Document type: Inventory
Year: 1295
Scribe: Pere Marc
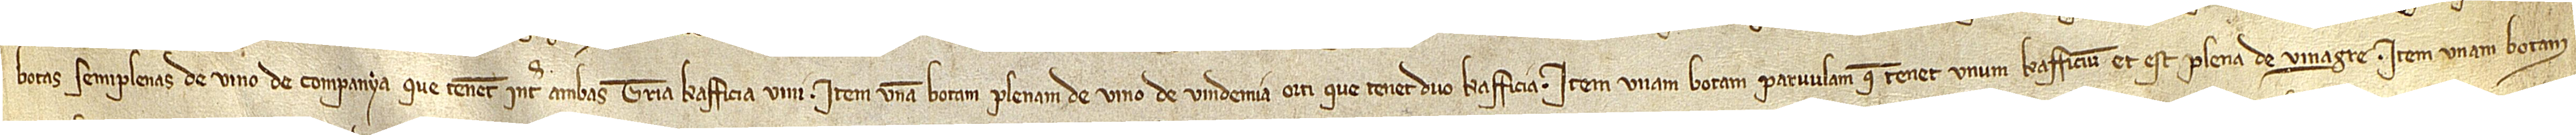
botas semiplenas de vino de companya, que tenent inter ambas tria kafficia vini; item, unam botam plenam de vino de vindemia orti que tenet duo kafficia; item, unam botam parvulam que tenet unum kafficium et est plena de vinagre; item, unam botam